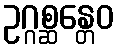
ဥဂ္ဂစ္ဆန္တေဝ